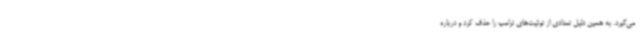
می‌گیرد. به همین دلیل تعدادی از توئیت‌های ترامپ را حذف کرد و درباره